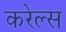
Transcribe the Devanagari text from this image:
करेल्स